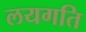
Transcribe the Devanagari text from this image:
लयगति